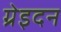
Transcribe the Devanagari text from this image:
ग्रेइदन